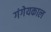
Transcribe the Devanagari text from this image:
गंगेयकाल